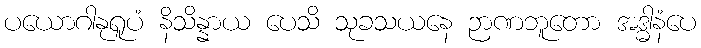
ပယောဂါနုရူပံ နိသိန္နာယ ပေသိ သုခသယနေ ဉာဏဘူတော အဒ္ဓါနံပေ